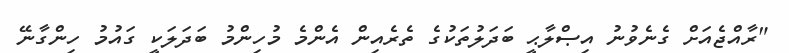
"ރާއްޖެއަށް ގެނެވުނު އިޞްލާޙީ ބަދަލުތަކުގެ ތެރެއިން އެންމެ މުހިންމު ބަދަލަކީ ގައުމު ހިންގާނޭ